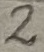
Text: 2